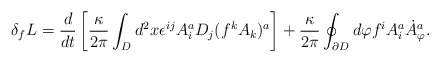
\begin{align*}\delta_f L = \frac{d}{dt} \left[\frac{\kappa}{2 \pi} \int_{D} d^2 x \epsilon^{ij} A_i^a D_j(f^kA_k)^a\right]+\frac{\kappa}{2 \pi} \oint_{\partial{D}} d \varphi f^iA^a_i{\dot A}^a_\varphi.\end{align*}